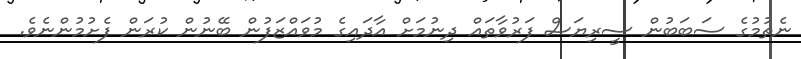
ނެތުމުގެ ސަބަބުން ސީރިޔަސް ފަރުވާތައް ދިނުމަށް އާދައިގެ މުވައްޒަފުން ބޭނުން ކުރަން ފެށުމުންނެވެ.